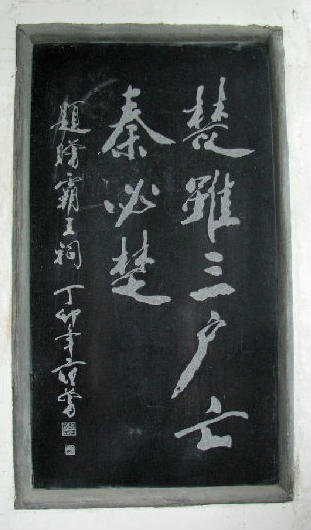
楚虽三户能亡秦，岂有堂堂中国空无人！